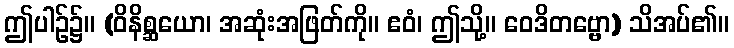
ဤပါဉ်၌။ (ဝိနိစ္ဆယော၊ အဆုံးအဖြတ်ကို။ ဧဝံ၊ ဤသို့။ ဝေဒိတဗ္ဗော) သိအပ်၏။